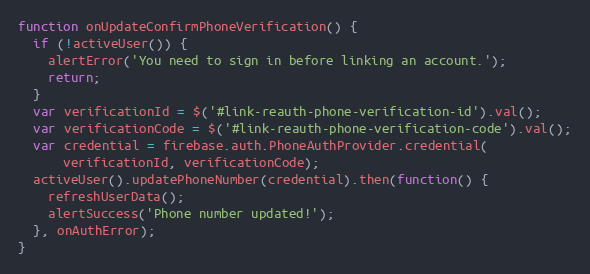
Language: JavaScript
function onUpdateConfirmPhoneVerification() {
  if (!activeUser()) {
    alertError('You need to sign in before linking an account.');
    return;
  }
  var verificationId = $('#link-reauth-phone-verification-id').val();
  var verificationCode = $('#link-reauth-phone-verification-code').val();
  var credential = firebase.auth.PhoneAuthProvider.credential(
      verificationId, verificationCode);
  activeUser().updatePhoneNumber(credential).then(function() {
    refreshUserData();
    alertSuccess('Phone number updated!');
  }, onAuthError);
}